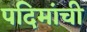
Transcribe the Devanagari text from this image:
पदिमांची